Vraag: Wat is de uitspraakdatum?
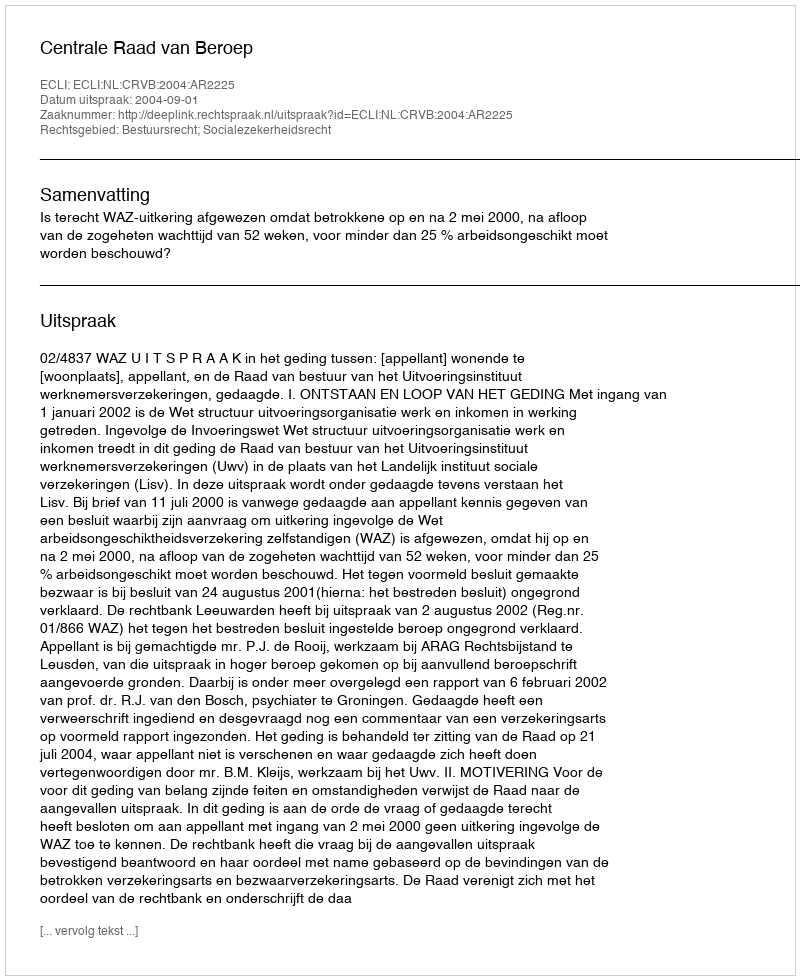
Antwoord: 2004-09-01